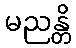
မညန္တိ